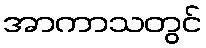
အာကာသတွင်